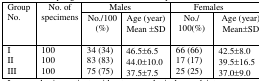
<table><thead><tr><td rowspan="3"><b>Group No.</b></td><td rowspan="3"><b>No. of specimens</b></td><td colspan="2"><b>Males</b></td><td colspan="2"><b>Females</b></td></tr><tr><td><b>No./100 (%)</b></td><td><b>Age (year) Mean ±SD</b></td><td><b>No./100(%)</b></td><td><b>Age (year)Mean±SD</b></td></tr></thead><tbody><tr><td>I</td><td>100</td><td>34 (34)</td><td>46.5±6.5</td><td>66 (66)</td><td>42.5±8.0</td></tr><tr><td>II</td><td>100</td><td>83 (83)</td><td>44.0±10.0</td><td>17 (17)</td><td>39.5±16.5</td></tr><tr><td>III</td><td>100</td><td>75 (75)</td><td>37.5±7.5</td><td>25 (25)</td><td>37.0±9.0</td></tr></tbody></table>